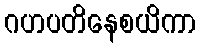
ဂဟပတိနေစယိကာ